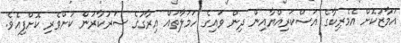
އަމާޒުކޮށް އެމެރިކާގެ އަސްކަރިއްޔާއިން ދިން ވައިގެ ހަމަލާތައް އިރާގުގެ ސަރުކާރުން ކުށްވެރި ކޮށްފިއެވެ.